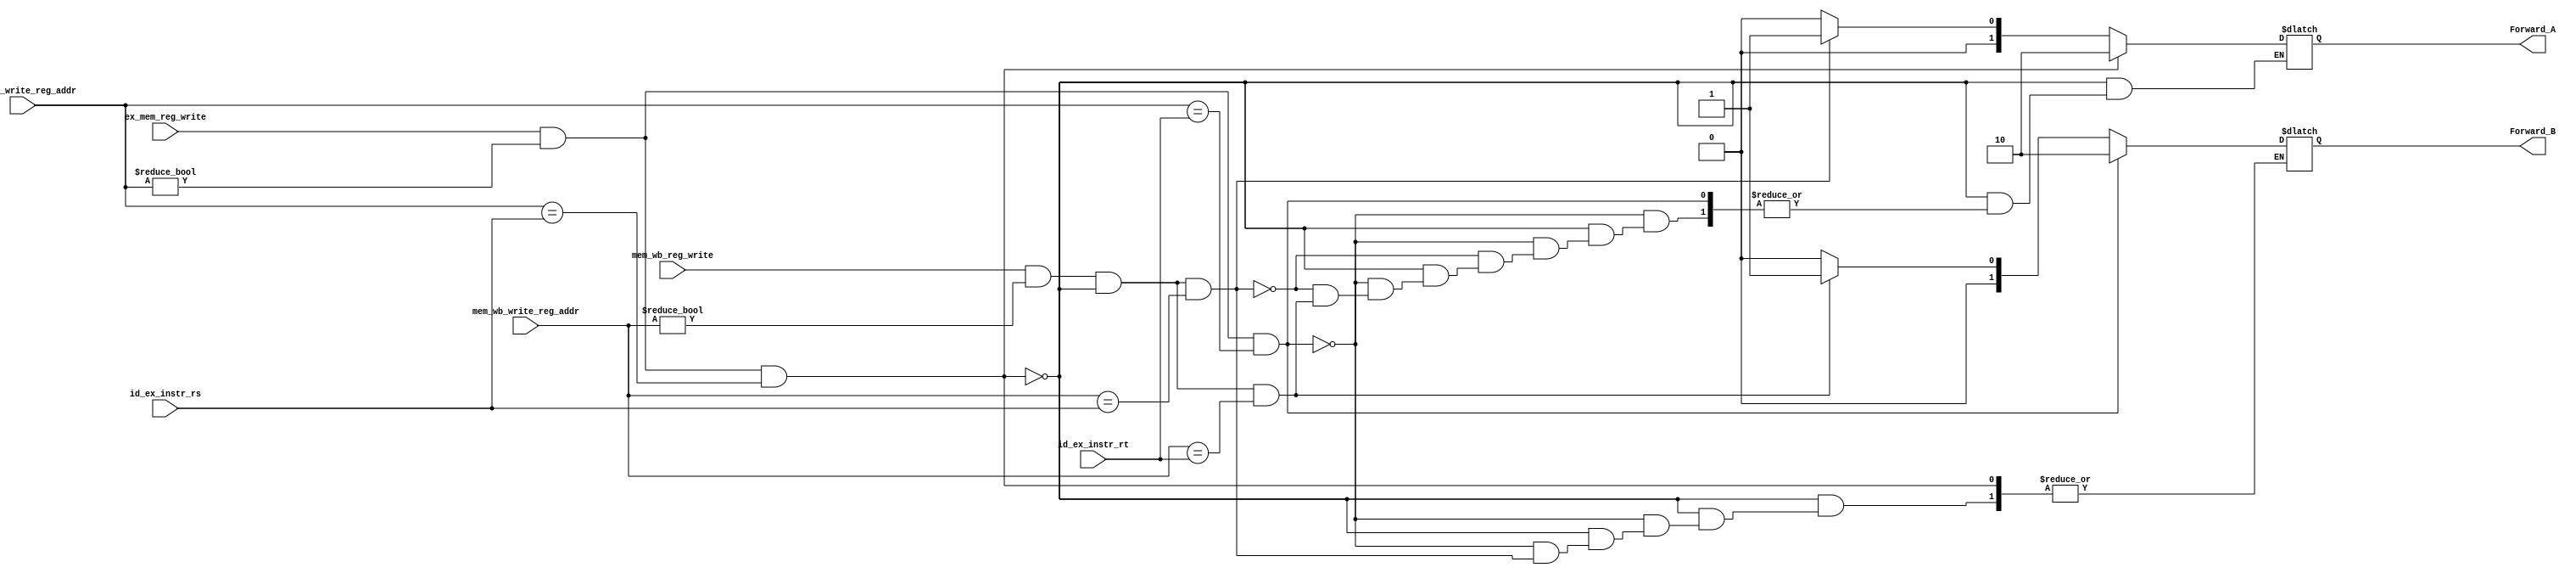
`timescale 1ns / 1ps


module EX_Forwarding_unit(
    input ex_mem_reg_write,
    input [4:0] ex_mem_write_reg_addr,
    input [4:0] id_ex_instr_rs,
    input [4:0] id_ex_instr_rt,
    input mem_wb_reg_write,
    input [4:0] mem_wb_write_reg_addr,
    output reg [1:0] Forward_A,
    output reg [1:0] Forward_B
    );
    
    always @(*)  
    begin
	   if (ex_mem_reg_write 
	   & (ex_mem_write_reg_addr != 5'b00000) 
	   & (ex_mem_write_reg_addr == id_ex_instr_rs)) 
	       Forward_A = 2'b10;
	       
	   else if (ex_mem_reg_write
	   & (ex_mem_write_reg_addr != 5'b00000) 
	   & (ex_mem_write_reg_addr == id_ex_instr_rt))
	       Forward_B = 2'b10;
	   
	   else if (mem_wb_reg_write 
	   & (mem_wb_write_reg_addr != 5'b00000) 
	   & ~(ex_mem_reg_write & (ex_mem_write_reg_addr != 5'b00000) 
	       & (ex_mem_write_reg_addr == id_ex_instr_rs)) 
	   & (mem_wb_write_reg_addr == id_ex_instr_rs)) 
	       Forward_A = 2'b01;
	       
	   
	   else if (mem_wb_reg_write 
	   & (mem_wb_write_reg_addr != 5'b00000) 
	   & ~(ex_mem_reg_write & (ex_mem_write_reg_addr != 5'd0) 
	       & (ex_mem_write_reg_addr == id_ex_instr_rs)) 
	   & (mem_wb_write_reg_addr == id_ex_instr_rt)) 
	       Forward_B = 2'b01;
	   else 
	   begin
	       Forward_A = 2'b00;
	       Forward_B = 2'b00;
	   end
    end 

endmodule